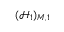
( \mathcal { H } _ { 1 } ) _ { M , 1 }